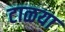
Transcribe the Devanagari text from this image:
टाळया